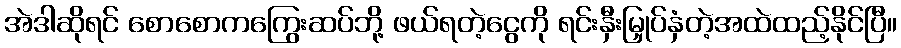
အဲဒါဆိုရင် စောစောကကြွေးဆပ်ဘို့ ဖယ်ရတဲ့ငွေကို ရင်းနှီးမြှုပ်နှံတဲ့အထဲထည့်နိုင်ပြီ။